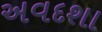
અવદશા